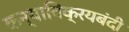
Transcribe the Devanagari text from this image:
कन्याविक्रयबंदी